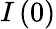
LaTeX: I\left(0\right)